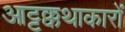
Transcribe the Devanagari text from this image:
आट्टक्कथाकारों